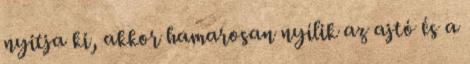
nyitja ki, akkor hamarosan nyílik az ajtó és a